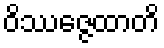
ဝိဿဇ္ဇေထာတိ